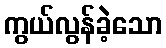
ကွယ်လွန်ခဲ့သော